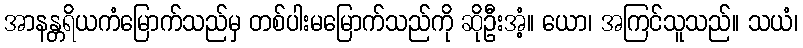
အာနန္တရိယကံမြောက်သည်မှ တစ်ပါးမမြောက်သည်ကို ဆိုဦးအံ့။ ယော၊ အကြင်သူသည်။ သယံ၊